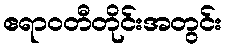
ဧရာဝတီတိုင်းအတွင်း